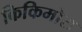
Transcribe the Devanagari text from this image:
किकिमोरा